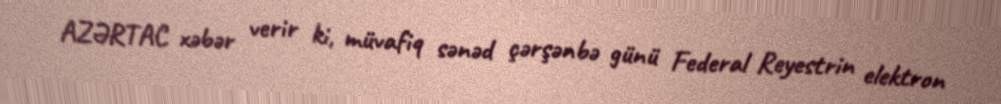
AZƏRTAC xəbər verir ki, müvafiq sənəd çərşənbə günü Federal Reyestrin elektron